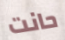
حانت